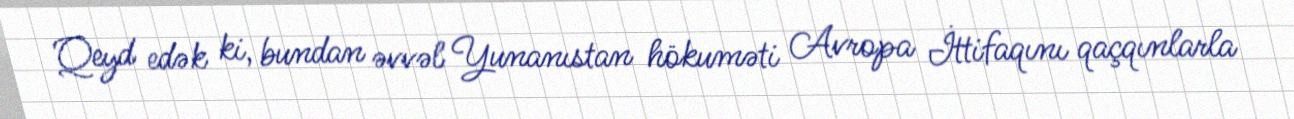
Qeyd edək ki, bundan əvvəl Yunanıstan hökuməti Avropa İttifaqını qaçqınlarla